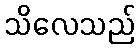
သိလေသည်